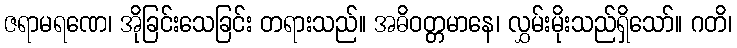
ဇရာမရဏေ၊ အိုခြင်းသေခြင်း တရားသည်။ အဓိဝတ္တမာနေ၊ လွှမ်းမိုးသည်ရှိသော်။ ဂတိ၊